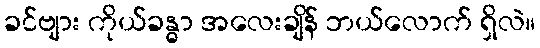
ခင်ဗျား ကိုယ်ခန္ဓာ အလေးချိန် ဘယ်လောက် ရှိလဲ။